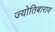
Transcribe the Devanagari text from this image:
ज्योतिबाराव